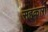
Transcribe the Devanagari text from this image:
सहकारा